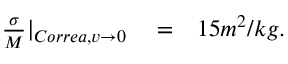
\begin{array} { r l r } { \frac { \sigma } { M } | _ { C o r r e a , v \rightarrow 0 } } & { { } = } & { 1 5 m ^ { 2 } / k g . } \end{array}